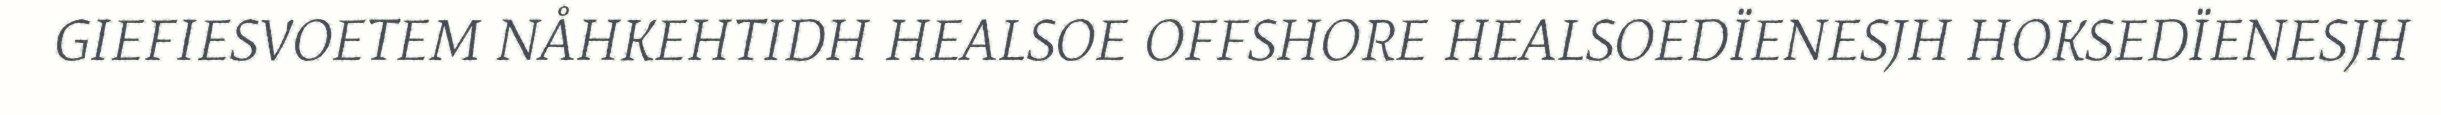
GIEFIESVOETEM NÅHKEHTIDH HEALSOE OFFSHORE HEALSOEDÏENESJH HOKSEDÏENESJH